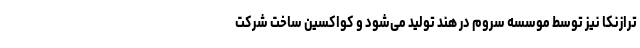
ترازنکا نیز توسط موسسه سروم در هند تولید می‌شود و کواکسین ساخت شرکت